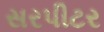
સરપીટર